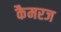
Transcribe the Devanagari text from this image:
कैमरज